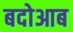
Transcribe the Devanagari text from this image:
बदोआब